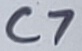
Text: C7